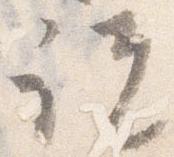
説